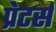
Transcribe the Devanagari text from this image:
प्रेटर्स